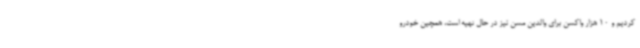
کردیم و 10 هزار واکسن برای والدین مسن نیز در حال تهیه است، همچین خودرو